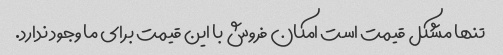
تنها مشکل قیمت است امکان فروش با این قیمت برای ما وجود ندارد.